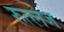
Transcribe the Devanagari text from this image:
रुत्लेज